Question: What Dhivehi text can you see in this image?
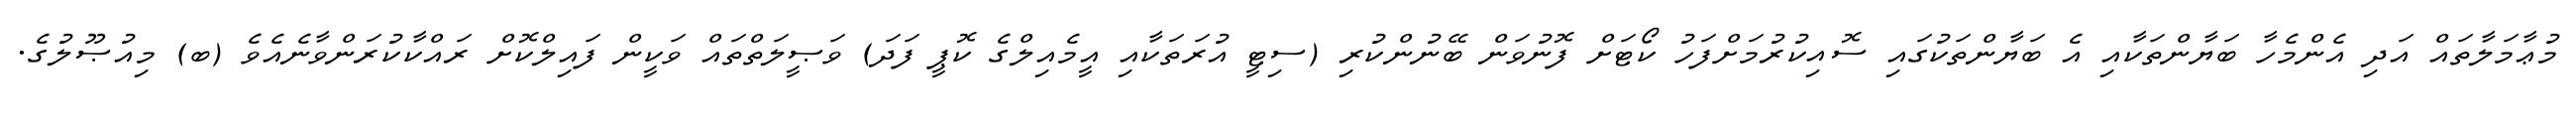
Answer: މުޢާމަލާތައް އަދި އެންމެހާ ބަޔާންތަކާއި އެ ބަޔާންތަކުގައި ސޮއިކުރުމަށްފަހު ކޯޓަށް ފޮނުވަން ބޭނުންކުރި (ސިޓީ އުރަތަކާއި އީމެއިލްގެ ކޮޕީ ފަދަ) ވަޞީލަތްތައް ވަކީން ފައިލްކޮށް ރައްކާކުރަންވާނެއެވެ (ބ) މިއުޞޫލުގެ.